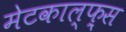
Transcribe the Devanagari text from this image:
मेटकाल्फ़्स